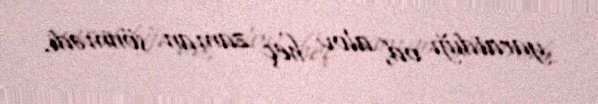
yaratdığı od, alov heç zaman sönmədi.